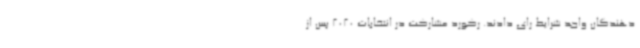
‌دهندگان واجد شرایط رای دادند. رکورد مشارکت در انتخابات 2020 پس از